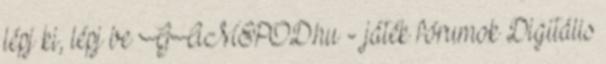
lépj ki, lépj be GAMEPOD.hu - játék fórumok Digitális